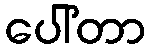
ပေါ်တာ